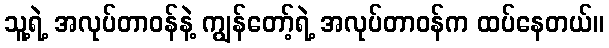
သူ့ရဲ့ အလုပ်တာဝန်နဲ့ ကျွန်တော့်ရဲ့ အလုပ်တာဝန်က ထပ်နေတယ်။